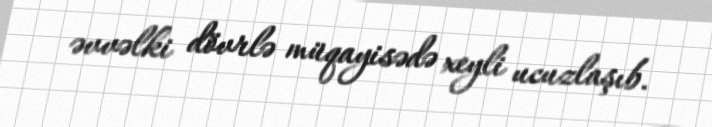
əvvəlki dövrlə müqayisədə xeyli ucuzlaşıb.